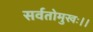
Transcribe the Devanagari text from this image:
सर्वतोमुखः।।